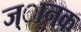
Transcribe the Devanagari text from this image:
ज्ानक